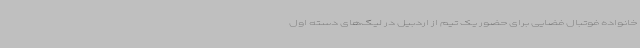
خانواده فوتبال فضایی برای حضور یک تیم از اردبیل در لیگ‌های دسته اول